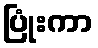
ပြုံးကာ